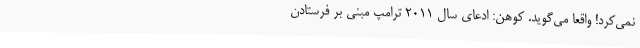
نمی‌کرد! واقعاً می‌گوید. کوهن: ادعای سال 2011 ترامپ مبنی بر فرستادن